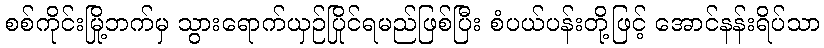
စစ်ကိုင်းမြို့ဘက်မှ သွားရောက်ယှဉ်ပြိုင်ရမည်ဖြစ်ပြီး စံပယ်ပန်းတို့ဖြင့် အောင်နန်းရိပ်သာ